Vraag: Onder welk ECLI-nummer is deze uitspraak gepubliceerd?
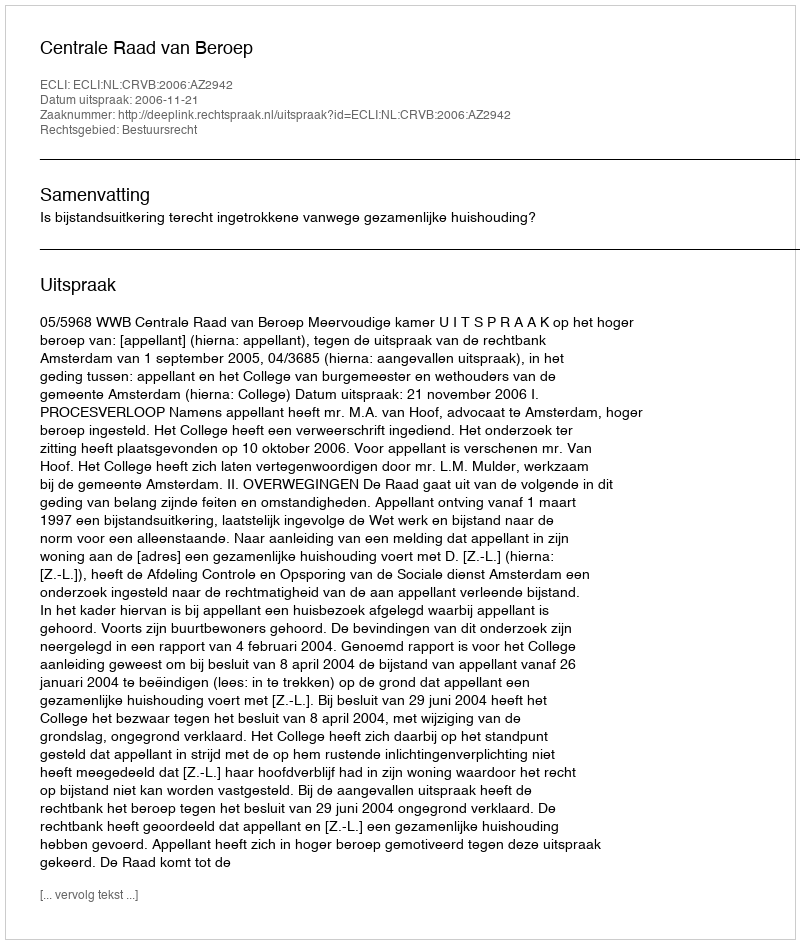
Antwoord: ECLI:NL:CRVB:2006:AZ2942